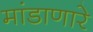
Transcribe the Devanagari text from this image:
मांडाणारे